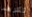
تكرهه